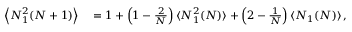
\begin{array} { r l } { \left\langle N _ { 1 } ^ { 2 } ( N + 1 ) \right\rangle } & { { } = 1 + \left( 1 - \frac { 2 } { N } \right) \langle N _ { 1 } ^ { 2 } ( N ) \rangle + \left( 2 - \frac { 1 } { N } \right) \langle N _ { 1 } ( N ) \rangle \, , } \end{array}